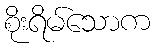
စိုးရိမ်သောက